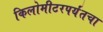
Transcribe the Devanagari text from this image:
किलोमीटरपर्यंतचा